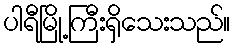
ပါရီမြို့ကြီးရှိသေးသည်။